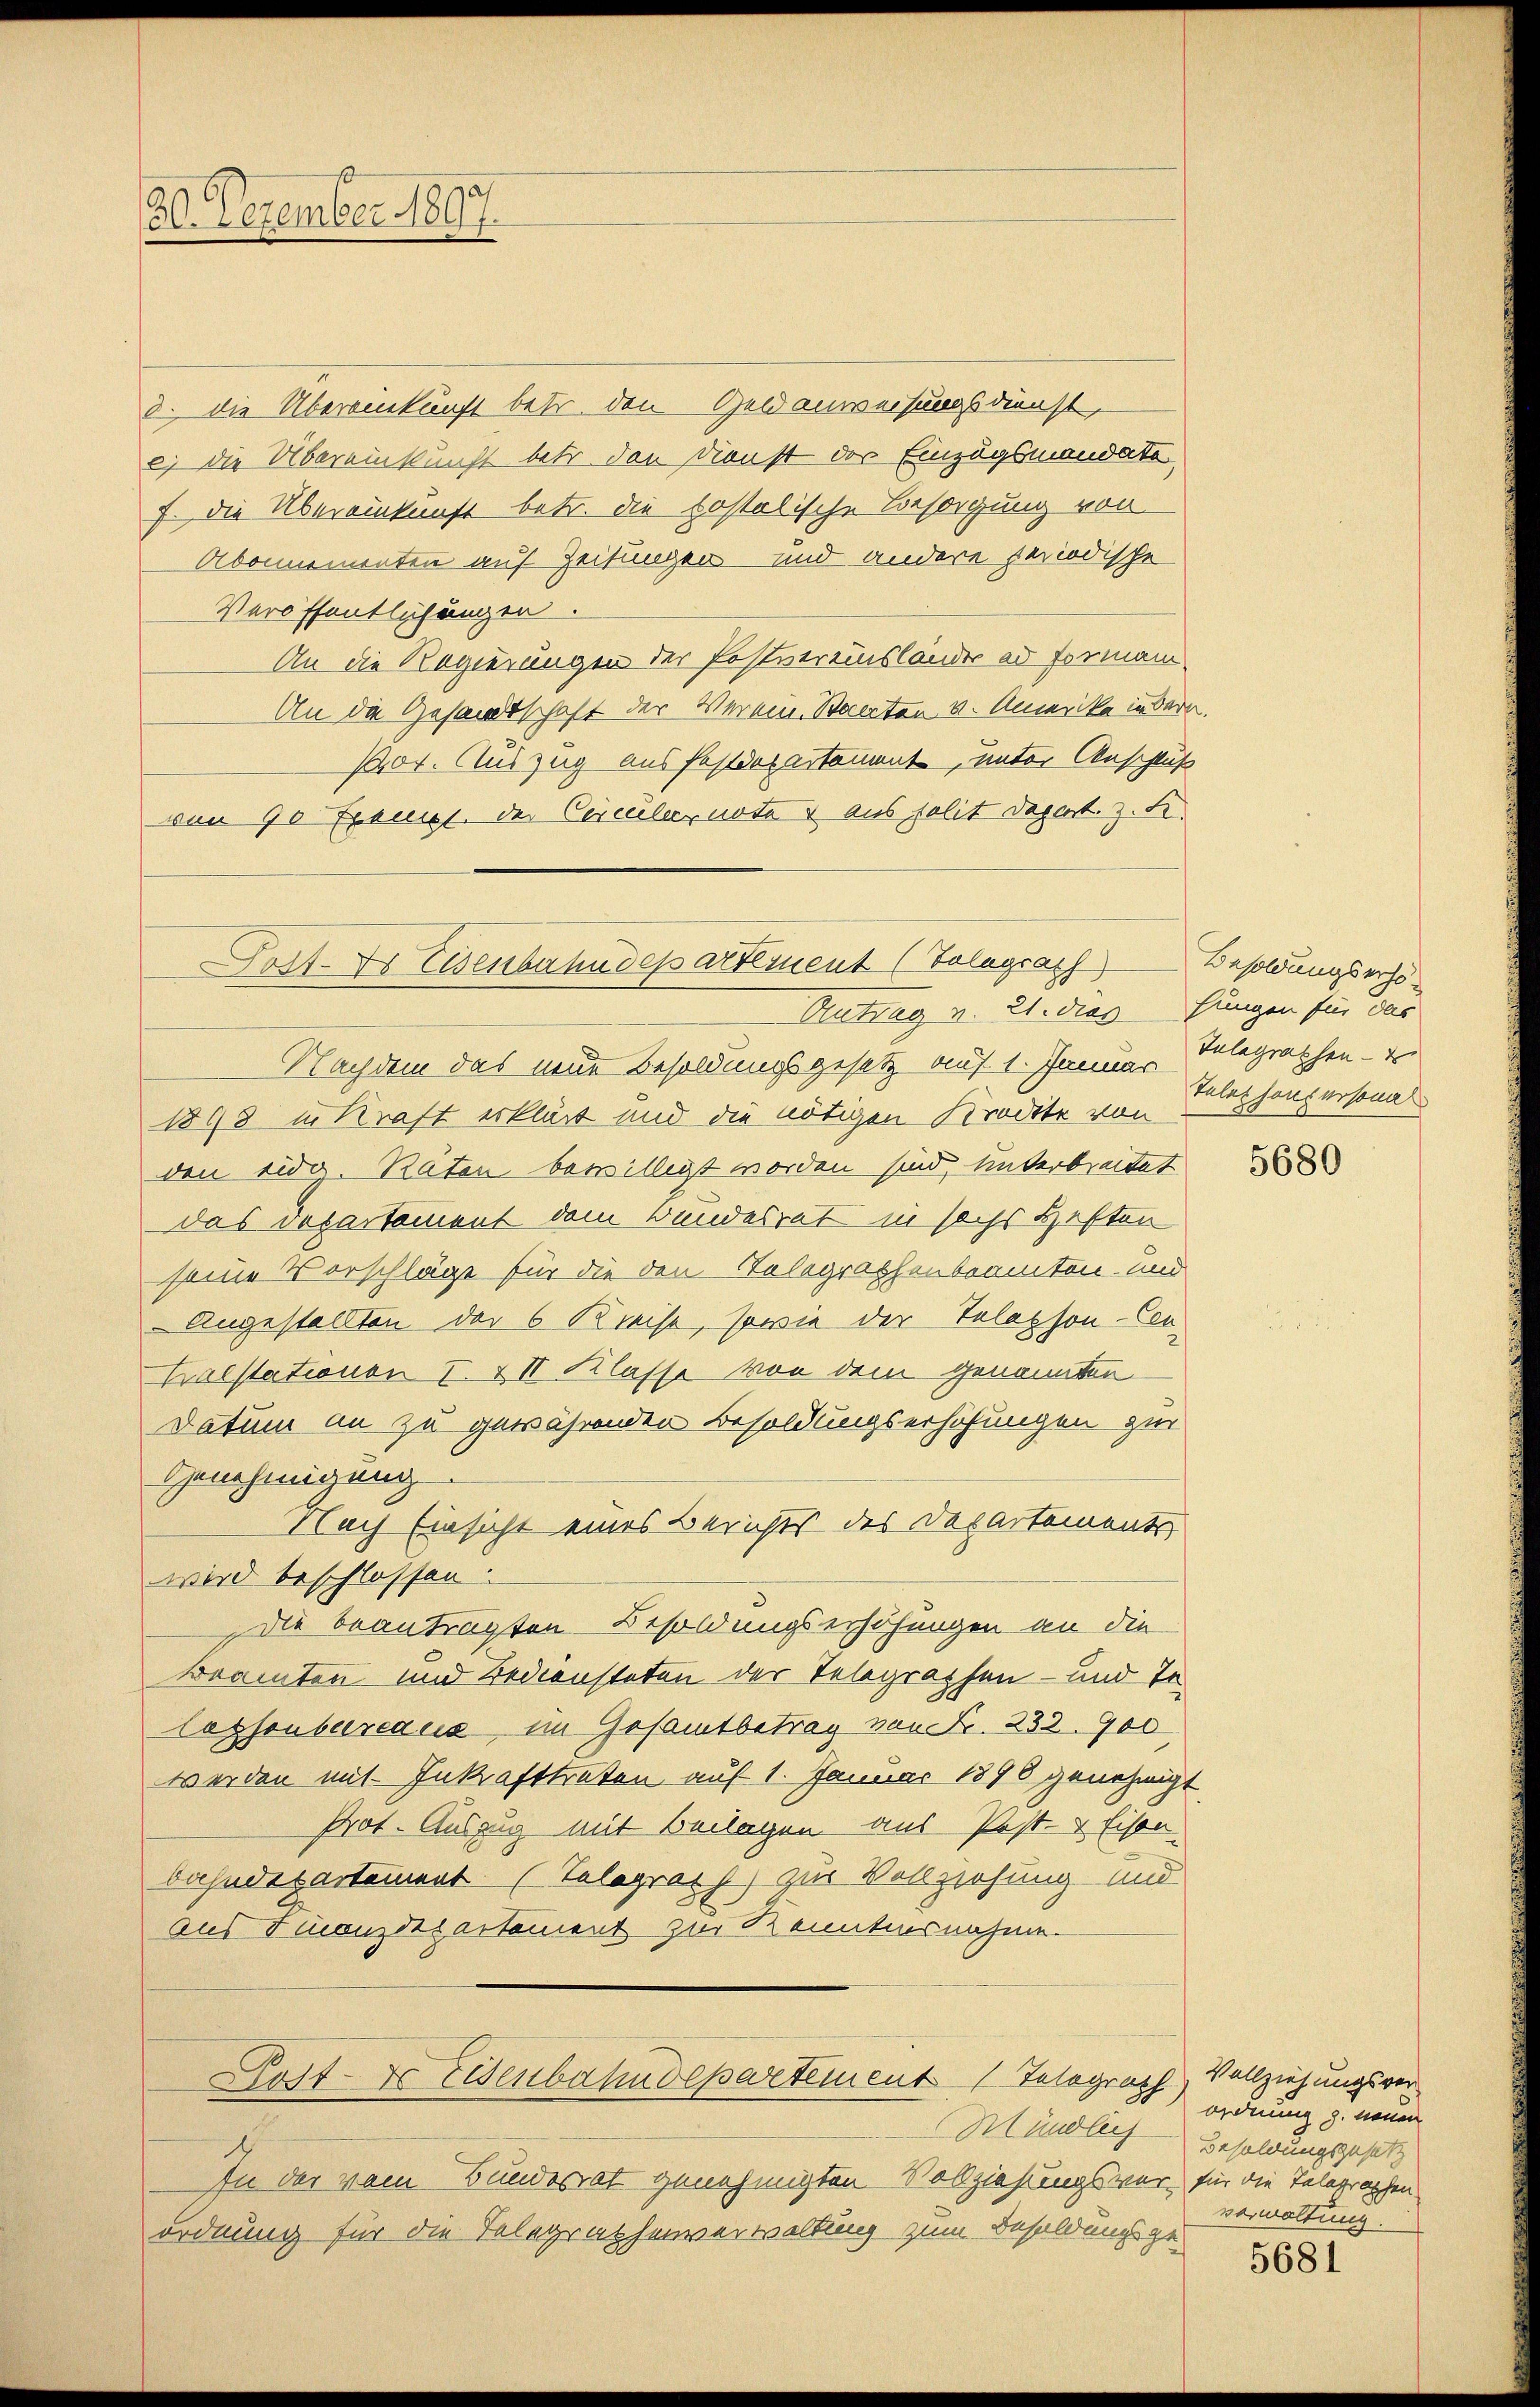
20. Dezember 1897.

8. die Übereinkunft betr. den Geld anweisungsdienst,
c) die Übereinkunft betr. den Dienst der Einzugsmandate,
f. die Übereinkunft betr. die postolische Besorgung von
Abonnementen auf Zeitungen und andere periodische
Veröffentlichungen.
An die Regierungen der Postvereinsländer ad forman
An die Gesandtschaft der Verein Staaten v. Amerika inder
P00. Auszug aus festdepartament, unter Anschluß
von 90 Frauet der Circuler note & aus solit Depart. z. B.
Antrag v. 21. dies Hungen für das
Nachdem das neue Besoldungsgesetz auf 1. Januar
1898 in Kraft erklärt und die nötigen Kredite von
den eidg. Räten bewilligt worden sind, unterbreitet
das Departement dem Bundesrat in sechs Heften
seine Vorschläge für die den Telegraphenbeamten und
Angestellten der 6 Kreise, sowie der Telephon-Cen¬
Kalstationen I. & II Klasse von dem genannten
Datum an zu gewährenden Besoldungserhöhungen zur
Genehmigung
Nach Einsicht eines Berichts des Departements
wird beschlossen.
die beantragten Besoldungserhöhungen an die
Beamten und Bediensteten der Telegraphen- und Te¬
Lassonbureaus im Gesamtbetrag von Fr. 232. 900
werden mit Inkrafttreten auf 1. Januar 1896 genehmigt
Prot. Auszug mit Beilagen aus Post- & Eisen.
bahndepartement (Telegrath zur Vollziehung und
aus Finanzdepartement zur Kenntnisnahme
Post- & Eisenbahndepartement 1 Telegrath
Mündlich
In der vom Bundesrat genehmigten Sabziehungsver für die Telegraphen
ordnung für die Telegraphenverwaltung zum Besoldungsge-

Dorf. Dr Eisenbahndepartement (Volegrath

Besoldungserhö¬
Telegraphen- u
Telet houpersonal

5680

Vollziehungsverordnung z. neuen
Besoldungsgesetz
verwaltung.

5681